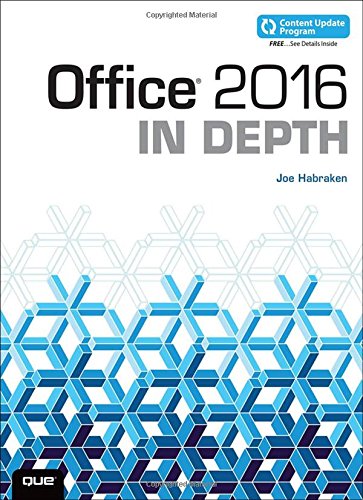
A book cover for Office 2016 In Depth (includes Content Update Program); Joe Habraken; Computers & Technology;